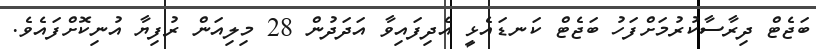
ބަޖެޓް ދިރާސާކުރުމަށްފަހު ބަޖެޓް ކަނޑައެޅީ އެދިފައިވާ އަދަދުން 28 މިލިއަން ރުފިޔާ އުނިކޮށްފައެވެ.